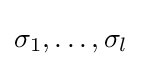
\sigma _{1},\dots ,\sigma _{l}